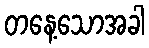
တနေ့သောအခါ